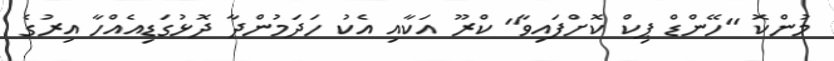
މުންކޮ "ހޭންޑް ޕިކް ކޮށްފައިވާ" ކްރޫ އަކާއި އެކު ހަދަމުންދާ ދޮޅުގަޑިއެއްހާ އިރުގެ